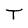
Character: T